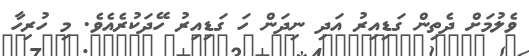
ވެލުމަށް ދެތިން ގަޑިއިރު އަދި ނިދަން ހަ ގަޑިއިރު ހޭދަކުރެއެވެ. މި ހުރިހާ